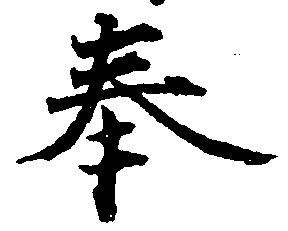
奉